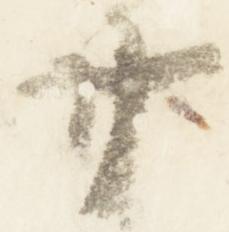
廿